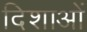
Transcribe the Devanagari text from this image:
दिशाआें